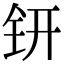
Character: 钘